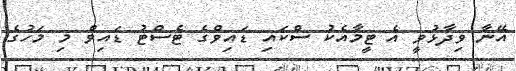
އޭނާ ވިދާޅުވީ އެ ޓީމާއެކު ސްކައި ޑައިވްގެ ޓެސްޓު ޑައިވް މި މަހުގެ